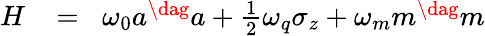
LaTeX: \begin{array}{rlr}{H}&{{}\! =}&{\! \omega_{0}a^{\dag}a+\frac{1}{2}\omega_{q}\sigma_{z}+\omega_{m}m^{\dag}m}\end{array}